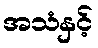
အသံနှင့်